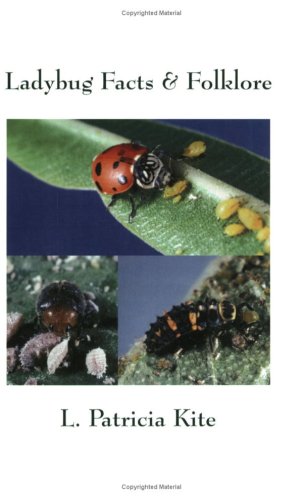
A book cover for Ladybug Facts & Folklore; L. Patricia Kite; Sports & Outdoors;